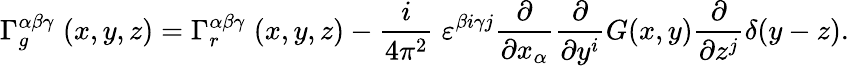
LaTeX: \Gamma_{g}^{\alpha\beta\gamma}\; (x,y,z)=\Gamma_{r}^{\alpha\beta\gamma}\; (x,y,z)-{\frac{i}{4\pi^{2}}}\; \varepsilon^{\beta i\gamma j}{\frac{\partial}{\partial x_{\alpha}}}{\frac{\partial}{\partial y^{i}}}G(x,y){\frac{\partial}{\partial z^{j}}}\delta(y-z).